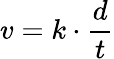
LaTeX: v=k\cdot{\frac{d}{t}}